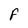
Character: f